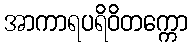
အာကာရပရိဝိတက္ကော